Lunatic asylums Bombay report 1891-1903 - 1891-1903
Year: 1891
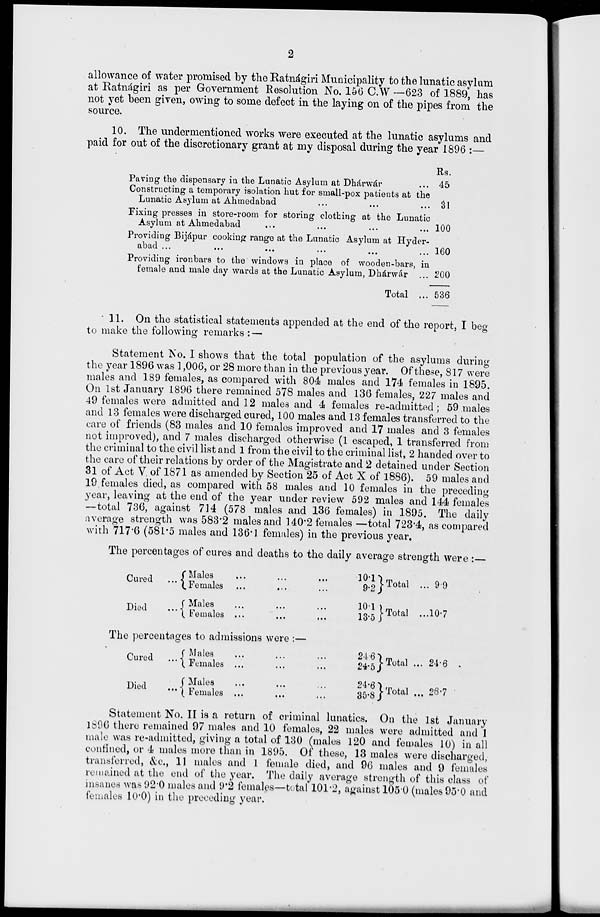
2
allowance of water promised by the Ratnágiri Municipality to the lunatic asylum
at Ratnágiri as per Government Resolution No. 156 C.W —623 of 1889, has
not yet been given, owing to some defect in the laying on of the pipes from the
source.
10. The undermentioned works were executed at the lunatic asylums and
paid for out of the discretionary grant at my disposal during the year 1896 :—
Paving the dispensary in the Lunatic Asylum at Dhárwár ...
Constructing a temporary isolation hut for small-pox patients at the
Lunatic Asylum at Ahmedabad ... ... ...
Fixing presses in store-room for storing clothing at the Lunatic
Asylum at Ahmedabad ... ... ... ...
Providing Bijápur cooking range at the Lunatic Asylum at Hyder-
abad
...
...
...
...
...
...
Providing ironbars to the windows in place of wooden-bars, in
female and male day wards at the Lunatic Asylum, Dhárwár
Total ...
Rs.
45
31
100
160
200
536
11. On the statistical statements appended at the end of the report, I beg
to make the following remarks : —
Statement No. I shows that the total population of the asylums during
the year 1896 was 1,006, or 28 more than in the previous year. Of these, 817 were
males and 189 females, as compared with 804 males and 174 females in 1895.
On 1st January 1896 there remained 578 males and 136 females, 227 males and
49 females were admitted and 12 males and 4 females re-admitted; 59 males
and 13 females were discharged cured, 100 males and 13 females transferred to the
care of friends (83 males and 10 females improved and 17 males and 3 females
not improved), and 7 males discharged otherwise (1 escaped, 1 transferred from
the criminal to the civil list and 1 from the civil to the criminal list, 2 handed over to
the care of their relations by order of the Magistrate and 2 detained under Section
31 of Act V of 1871 as amended by Section 25 of Act X of 1886). 59 males and
19 females died, as compared with 58 males and 10 females in the preceding
year, leaving at the end of the year under review 592 males and 144 females
—total 736, against 714 (578 males and 136 females) in 1895. The daily
average strength was 583.2 males and 140.2 females —total 723.4, as compared
with 717.6 (581.5 males and 136.1 females) in the previous year.
The percentages of cures and deaths to the daily average strength were :—
Cured
...
Died
...
Males ... ... ...
Females ... ... ...
Males ... ... ...
Feamles ... ... ...
10.1 9.2
10.1
13.5
Total ...
Total ...
9.9
10.7
The percentages to admissions were :—
Cured ...
Died ...
Males ... ... ...
Females ... ... ...
Males ... ... ...
Females ... ... ...
24.6
24.5
24.6
35.8
Total ...
Total ...
24.6
26.7
Statement No. II is a return of criminal lunatics. On the 1st January
1896 there remained 97 males and 10 females, 22 males were admitted and 1
male was re-admitted, giving a total of 130 (males 120 and females 10) in all
confined, or 4 males more than in 1895. Of these, 13 males were discharged,
transferred, &c., 11 males and 1 female died, and 96 males and 9 females
remained at the end of the year. The daily average strength of this class of
insanes was 92.0 males and 9.2 females—total 101.2, against 105.0 (males 95.0 and
females 10.0) in the preceding year.